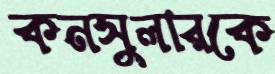
কনসুলারকে